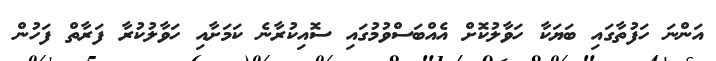
އަންނަ ހަފުތާގައި ބަޔަކާ ހަވާލުކޮށް އެއްބަސްވުމުގައި ސޮއިކުރާނެ ކަމަށާއި ހަވާލުކުރާ ފަރާތް ފަހުން